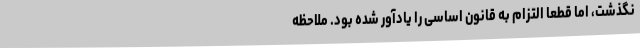
نگذشت، اما قطعاً التزام به قانون اساسی را یادآور شده بود. ملاحظه